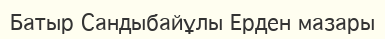
Батыр Сандыбайұлы Ерден мазары